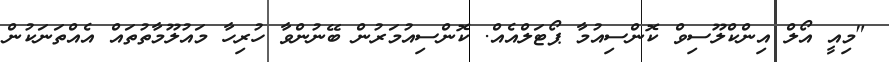
"މިއީ އޯލް އިންކްލޫސިވް ކޮންސިއުމާ ޕޯޓަލްއެއް. ކޮންސިއުމަރުން ބޭނުންވާ ހުރިހާ މައުލޫމާތުތައް އެއްތަނަކުން